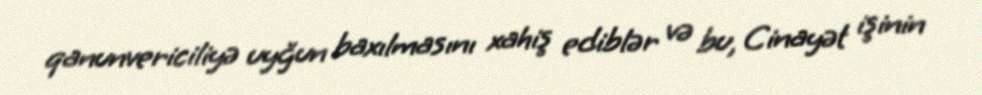
qanunvericiliyə uyğun baxılmasını xahiş ediblər və bu, Cinayət işinin